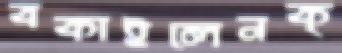
বকাইলেনক্